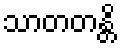
သာတတန္တိ